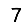
Digit: 7